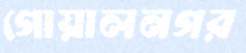
গোয়ালনগর